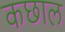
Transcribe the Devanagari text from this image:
कछाल